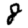
Digit: 8